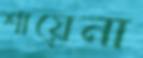
শায়েনা